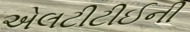
એલટીટીઈની